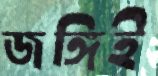
জঙ্গিই